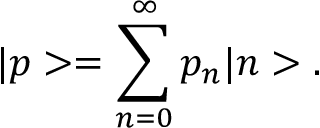
| p > = \sum _ { n = 0 } ^ { \infty } p _ { n } | n > .